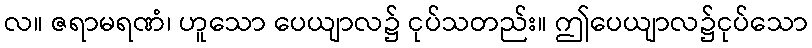
လ။ ဇရာမရဏံ၊ ဟူသော ပေယျာလ၌ ငုပ်သတည်း။ ဤပေယျာလ၌ငုပ်သော